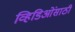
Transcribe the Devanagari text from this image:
व्हिडिओंसाठी